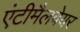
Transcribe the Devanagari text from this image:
एंटीमैलवेयर